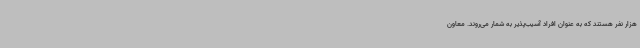
هزار نفر هستند که به عنوان افراد آسیب‌پذیر به شمار می‌روند. معاون